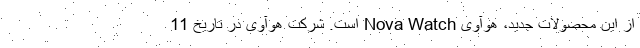
از این محصولات جدید، هوآوی Nova Watch است. شرکت هوآوی در تاریخ 11